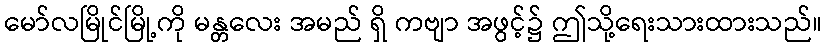
မော်လမြိုင်မြို့ကို မန္တလေး အမည် ရှိ ကဗျာ အဖွင့်၌ ဤသို့ရေးသားထားသည်။